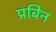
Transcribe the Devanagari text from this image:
प्रबिन